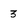
Character: 3